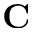
{ \bf C }